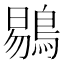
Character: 鶍